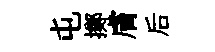
屯擲膚后